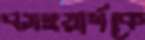
বসওয়ার্থকে